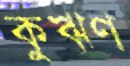
কুঋণ